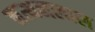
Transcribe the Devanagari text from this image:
नत्थनलाल